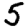
Digit: 5